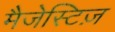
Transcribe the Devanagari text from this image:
मैजेस्टिज़